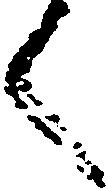
く